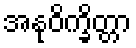
အနုဝိက္ခိတ္တာ